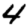
Digit: 4